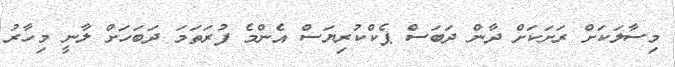
މިސާލަކަށް ރަށަކަށް ދާން ދަބަސް ޕެކްކުރިޔަސް އެންމެ ފުރަތަމަ ދަބަހަށް ލާނީ މިހާރު